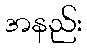
အနည်း